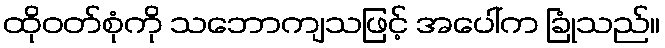
ထိုဝတ်စုံကို သဘောကျသဖြင့် အပေါ်က ခြုံသည်။